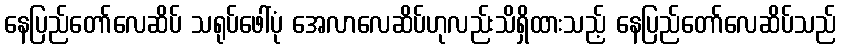
နေပြည်တော်လေဆိပ် သရုပ်ဖေါ်ပုံ အေလာလေဆိပ်ဟုလည်းသိရှိထားသည့် နေပြည်တော်လေဆိပ်သည်